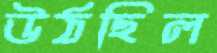
উঠছিল